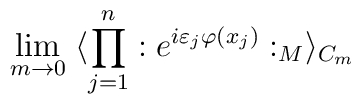
\lim_{m \rightarrow 0} \;\langle \prod_{j=1}^{n} : e^{i\varepsilon_j \varphi(x_j)} :_M  \rangle_{C_{m}}